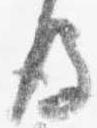
後